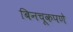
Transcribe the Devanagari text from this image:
बिनचूकपणे